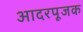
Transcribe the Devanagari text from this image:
आदरपूजक